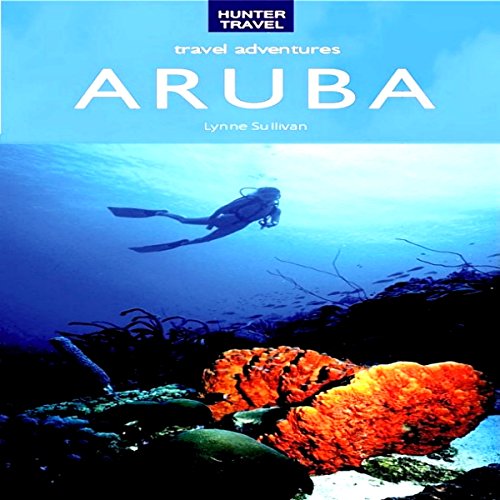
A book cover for Aruba Travel Adventures; Lynne Sullivan; Travel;